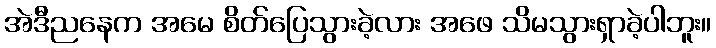
အဲဒီညနေက အမေ စိတ်ပြေသွားခဲ့လား အဖေ သိမသွားရှာခဲ့ပါဘူး။